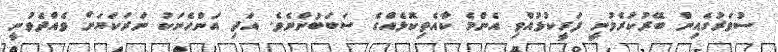
ސުވަރުގެއިން ބޭރުކުރެވުނީ ފަރީކުޅުއްވި އެންމެ ކާއެތިކޮޅެއްގެ ސަބަބުންނެވެ. އަދި އަންހެނަކު ނަރަކަޔަށް ވެއްދެވުނީ